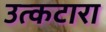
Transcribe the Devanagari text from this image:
उत्कटारा